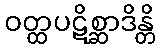
ဝတ္ထပဋိစ္ဆာဒိန္တိ